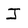
Character: J